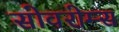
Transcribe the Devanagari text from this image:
सोवरोम्स